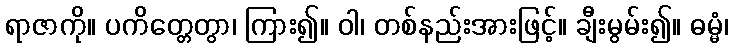
ရာဇာကို။ ပကိတ္တေတွာ၊ ကြား၍။ ဝါ၊ တစ်နည်းအားဖြင့်။ ချီးမွမ်း၍။ ဓမ္မံ၊